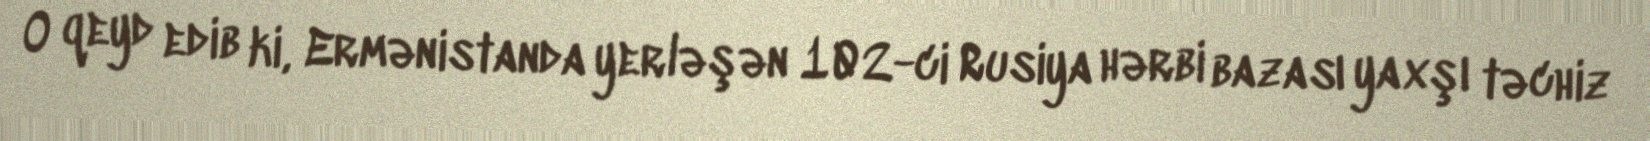
O qeyd edib ki, Ermənistanda yerləşən 102-ci Rusiya hərbi bazası yaxşı təchiz